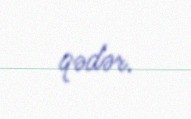
qədər.